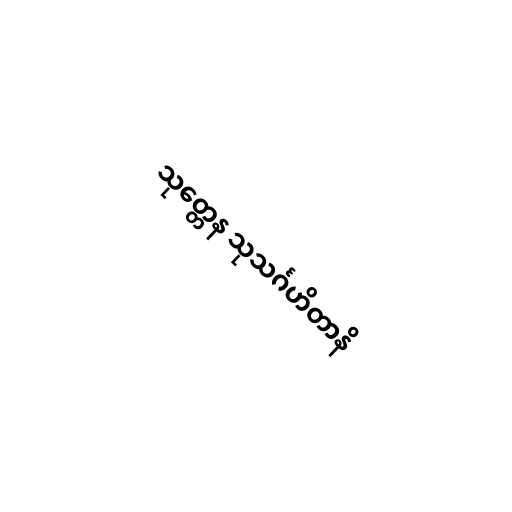
သုတ္တေန သုသင်္ဂဟိတာနိ